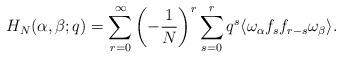
LaTeX: \begin{align*}H_N(\alpha,\beta;q) = \sum_{r=0}^\infty \left(-\frac{1}{N} \right)^r \sum_{s=0}^r q^s\langle \omega_\alpha f_s f_{r-s} \omega_\beta \rangle.\end{align*}